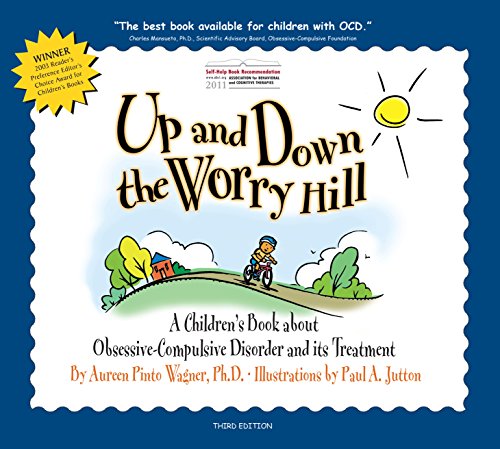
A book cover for Up and Down the Worry Hill: A Children's Book about Obsessive-Compulsive Disorder and its Treatment; Aureen Pinto Wagner Ph.D.; Parenting & Relationships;